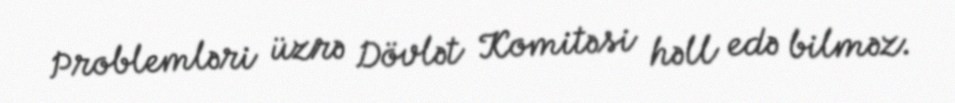
Problemləri üzrə Dövlət Komitəsi həll edə bilməz.